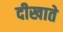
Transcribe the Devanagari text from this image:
दीखाते